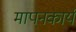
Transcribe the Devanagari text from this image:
मापनकार्य